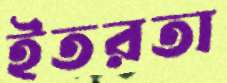
ইতরতা